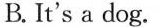
B. It's a dog.